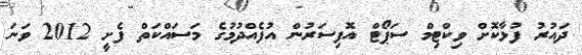
ދައުރު ފުޅާކޮށް ވިކްޓިމް ސަޕޯޓް އޮފިސަރުން އުފެއްދުމުގެ މަސައްކަތް ފެށީ 2012 ވަނަ